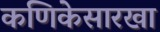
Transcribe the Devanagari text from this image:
कणिकेसारखा